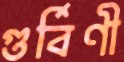
গুর্বিণী